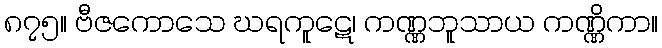
၈၇၅။ ဗီဇကောသေ ဃရကူဋေ၊ ကဏ္ဏဘူသာယ ကဏ္ဏိကာ။